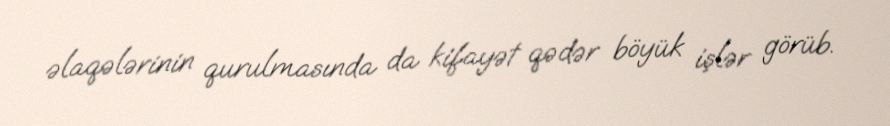
əlaqələrinin qurulmasında da kifayət qədər böyük işlər görüb.